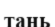
тань